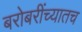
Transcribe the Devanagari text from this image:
बरोबरींच्यातच